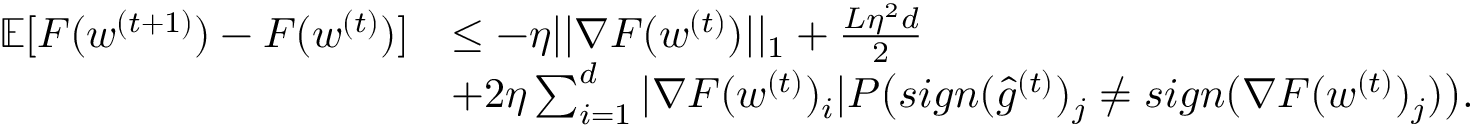
\begin{array} { r l } { \mathbb { E } [ F ( w ^ { ( t + 1 ) } ) - F ( w ^ { ( t ) } ) ] } & { \leq - \eta | | \nabla F ( w ^ { ( t ) } ) | | _ { 1 } + \frac { L \eta ^ { 2 } d } { 2 } } \\ & { + 2 \eta \sum _ { i = 1 } ^ { d } | \nabla F ( w ^ { ( t ) } ) _ { i } | P \big ( s i g n ( \hat { g } ^ { ( t ) } ) _ { j } \neq s i g n ( \nabla F ( w ^ { ( t ) } ) _ { j } ) \big ) . } \end{array}